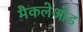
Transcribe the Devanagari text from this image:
मैकलेओड